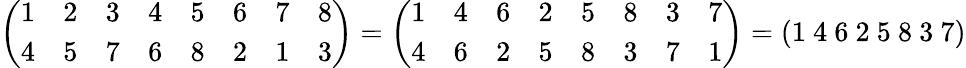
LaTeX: {\left(\begin{array}{llllllll}{1}&{2}&{3}&{4}&{5}&{6}&{7}&{8}\\ {4}&{5}&{7}&{6}&{8}&{2}&{1}&{3}\end{array}\right)}={\left(\begin{array}{llllllll}{1}&{4}&{6}&{2}&{5}&{8}&{3}&{7}\\ {4}&{6}&{2}&{5}&{8}&{3}&{7}&{1}\end{array}\right)}=(1\ 4\ 6\ 2\ 5\ 8\ 3\ 7)